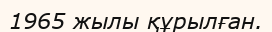
1965 жылы құрылған.